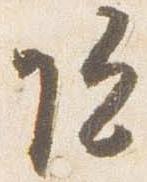
院